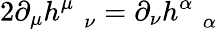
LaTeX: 2\partial_{\mu}h_{\; \; \; \nu}^{\mu}=\partial_{\nu}h_{\; \; \; \alpha}^{\alpha}